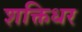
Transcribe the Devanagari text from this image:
शक्तिधर